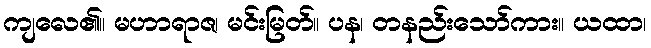
ကျလေ၏။ မဟာရာဇ၊ မင်းမြတ်။ ပန၊ တနည်းသော်ကား။ ယထာ၊